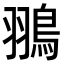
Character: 翵